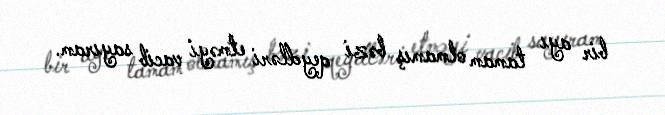
bir ayı tamam olmamış bəzi qeydləri etməyi vacib sayıram.